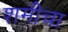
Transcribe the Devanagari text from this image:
शमीचा